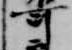
可